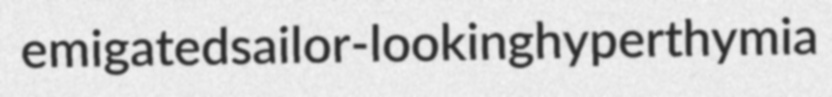
emigated sailor-looking hyperthymia